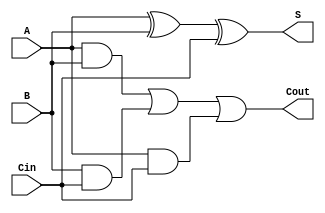
`timescale 1ns / 1ps
//////////////////////////////////////////////////////////////////////////////////
// Company: 
// Engineer: 
// 
// Design Name: 
// Module Name: QT_BCD_Adder
// Project Name: 
// Target Devices: 
// Tool Versions: 
// Description: 
// 
// Dependencies: 
// 
// Revision:
// Revision 0.01 - File Created
// Additional Comments:
// 
//////////////////////////////////////////////////////////////////////////////////

module Full_Adder(
    input A,B,Cin,
    output S,Cout
    );
assign S = A ^ B ^ Cin;
assign Cout = (A & B) | (B & Cin) | (A & Cin);

endmodule
    
module Four_bit_Adder(
    input [3:0] X1,
    input [3:0] X2,
    input Cin,
    output [3:0] Sum,
    output Cout
    );
wire [3:0] w;   
Full_Adder FA0(X1[0],X2[0],Cin,Sum[0],w[0]);
Full_Adder FA1(X1[1],X2[1],w[0],Sum[1],w[1]);
Full_Adder FA2(X1[2],X2[2],w[1],Sum[2],w[2]);
Full_Adder FA3(X1[3],X2[3],w[2],Sum[3],Cout);

endmodule

module QT_BCD_Adder(
    input [3:0] X1,
    input [3:0] X2,
    input Cin,
    output [3:0] Sum,
    output Carry
    );
wire cout1,cout2,and1,and2,carryout;
wire [3:0]correction,SumI;

Four_bit_Adder Adder1(X1,X2,Cin,SumI,cout1);
and A1(and1,SumI[3],SumI[2]);
and A2(and2,SumI[3],SumI[1]);
or O1(carryout,cout1,and1,and2);

assign correction = {1'b0,carryout,carryout,1'b0};
Four_bit_Adder Adder2(SumI,correction,1'b0,Sum,cout2);
assign Carry = carryout;

endmodule

module Five_digit_BCD_Adder(
    input [19:0] X1, X2,
    output [19:0] sum
    );
wire [4:0] w;

QT_BCD_Adder B0(X1[3:0],X2[3:0],1'b0,sum[3:0],w[0]);
QT_BCD_Adder B1(X1[7:4],X2[7:4],w[0],sum[7:4],w[1]);
QT_BCD_Adder B2(X1[11:8],X2[11:8],w[1],sum[11:8],w[2]);
QT_BCD_Adder B3(X1[15:12],X2[15:12],w[2],sum[15:12],w[3]);
QT_BCD_Adder B4(X1[19:16],X2[19:16],w[3],sum[19:16],w[4]);
    
endmodule